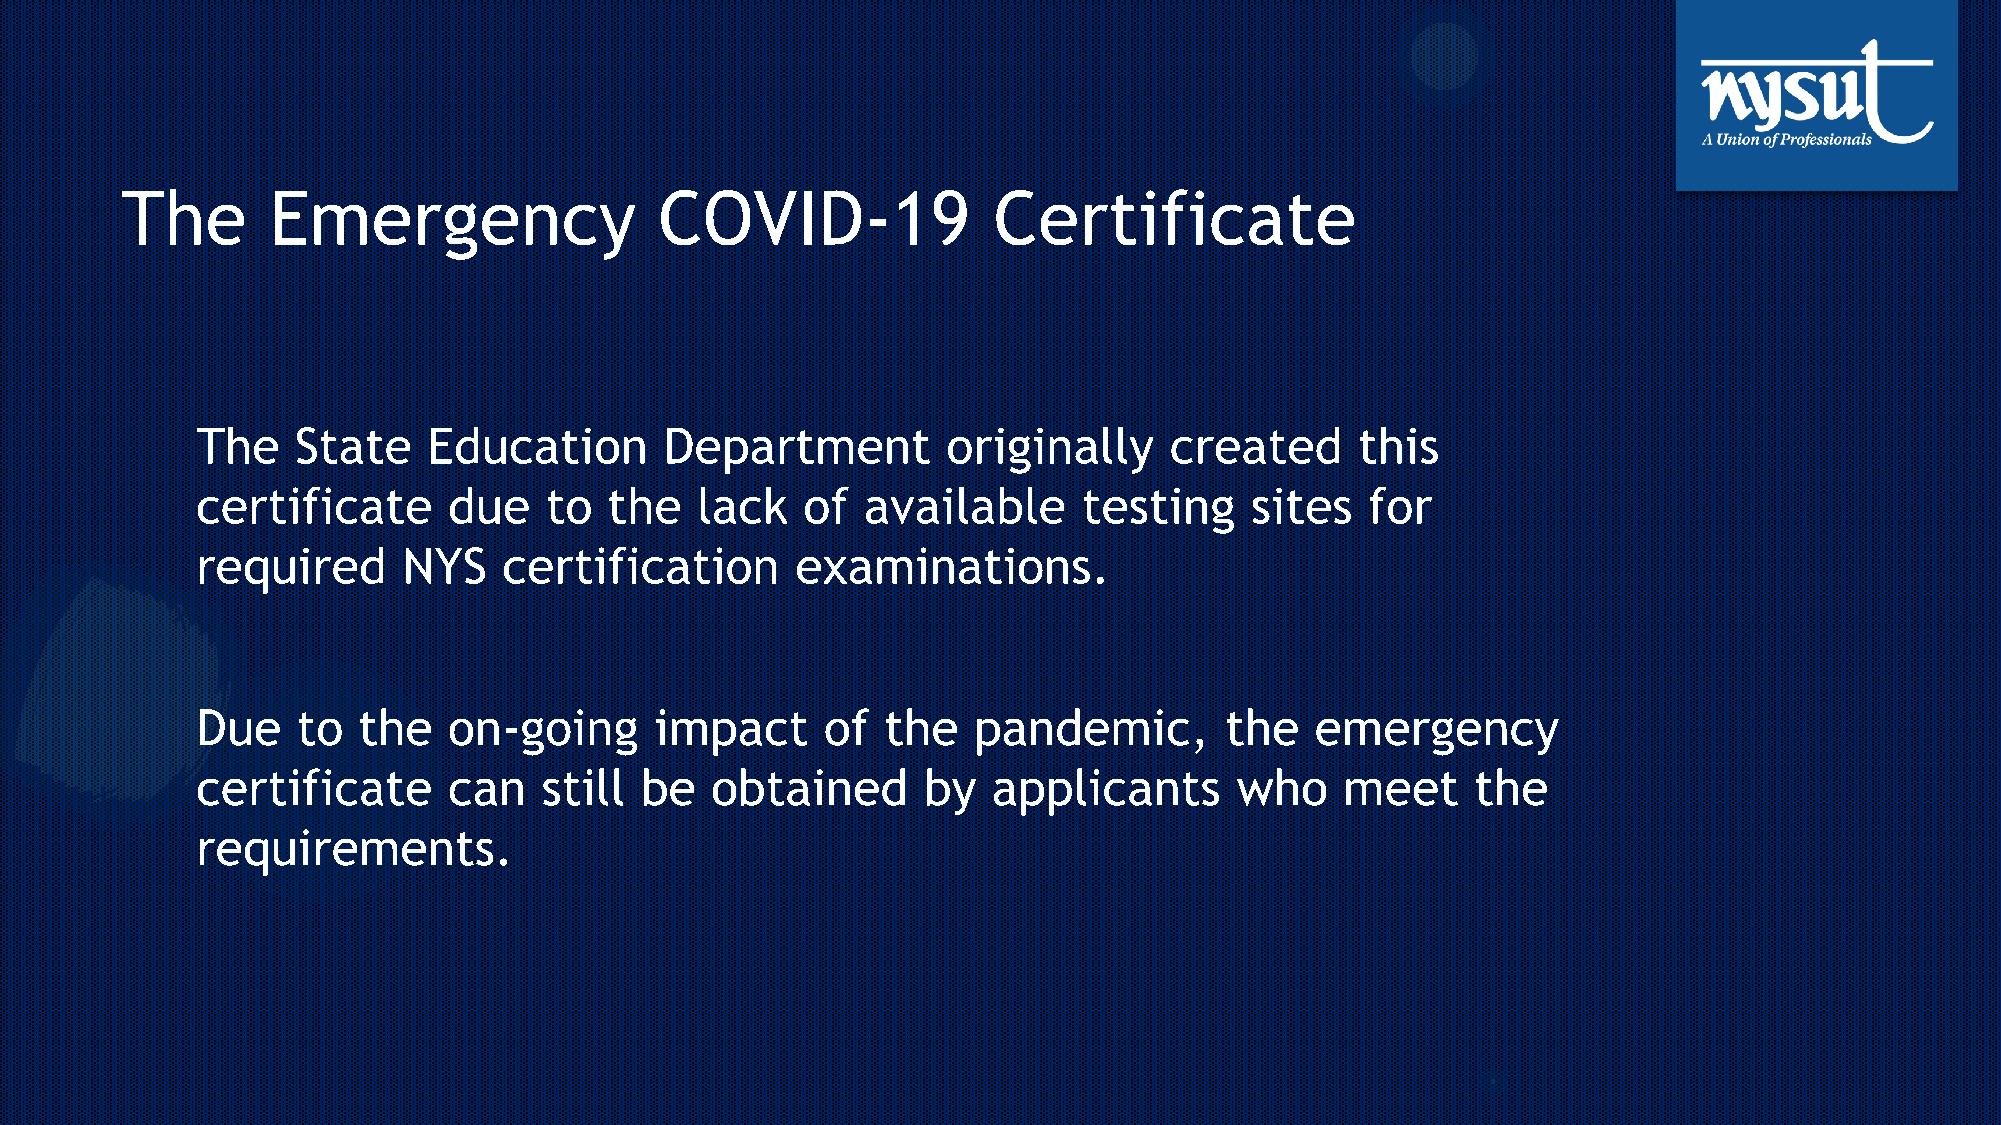
The       Emergency                 COVID-19              Certificate
 The    State   Education       Department         originally    created      this
 certificate      due   to  the   lack   of  available      testing    sites   for
 required      NYS   certification       examinations.
 Due    to  the   on-going     impact      of  the  pandemic,        the   emergency
 certificate      can   still be   obtained      by   applicants      who    meet     the
 requirements.